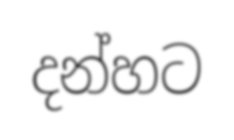
දන්හට